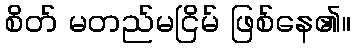
စိတ် မတည်မငြိမ် ဖြစ်နေ၏။